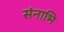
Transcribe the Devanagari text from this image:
संनाभि